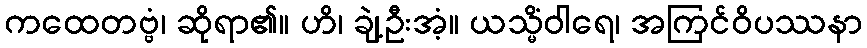
ကထေတဗ္ဗံ၊ ဆိုရာ၏။ ဟိ၊ ချဲ့ဦးအံ့။ ယသ္မိံဝါရေ၊ အကြင်ဝိပဿနာ